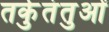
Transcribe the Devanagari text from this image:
तर्कुतंतुओं